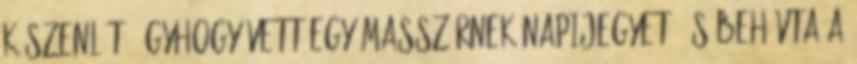
készenlét, úgyhogy vett egy masszőrnek napijegyet, és behívta a